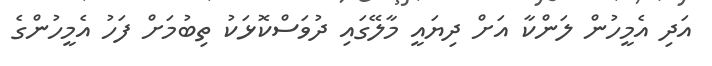
އަދި އެމީހުން ލަންކާ އަށް ދިޔައީ މާލޭގައި ދުވަސްކޮޅަކު ތިބުމަށް ފަހު އެމީހުންގެ